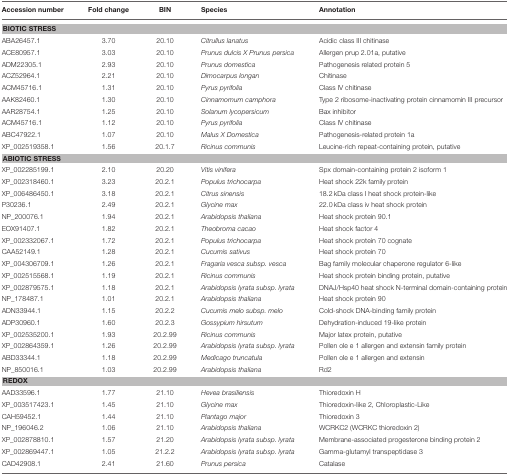
<table><thead><tr><td><b>Accession number</b></td><td><b>Fold change</b></td><td><b>BIN</b></td><td><b>Species</b></td><td><b>Annotation</b></td></tr></thead><tbody><tr><td colspan="5"><b>BIOTIC STRESS</b></td></tr><tr><td>ABA26457.1</td><td>3.70</td><td>20.10</td><td><i>Citrullus lanatus</i></td><td>Acidic class III chitinase</td></tr><tr><td>ACE80957.1</td><td>3.03</td><td>20.10</td><td><i>Prunus dulcis X Prunus persica</i></td><td>Allergen prup 2.01a, putative</td></tr><tr><td>ADM22305.1</td><td>2.93</td><td>20.10</td><td><i>Prunus domestica</i></td><td>Pathogenesis related protein 5</td></tr><tr><td>ACZ52964.1</td><td>2.21</td><td>20.10</td><td><i>Dimocarpus longan</i></td><td>Chitinase</td></tr><tr><td>ACM45716.1</td><td>1.31</td><td>20.10</td><td><i>Pyrus pyrifolia</i></td><td>Class IV chitinase</td></tr><tr><td>AAK82460.1</td><td>1.30</td><td>20.10</td><td><i>Cinnamomum camphora</i></td><td>Type 2 ribosome-inactivating protein cinnamomin III precursor</td></tr><tr><td>AAR28754.1</td><td>1.25</td><td>20.10</td><td><i>Solanum lycopersicum</i></td><td>Bax inhibitor</td></tr><tr><td>ACM45716.1</td><td>1.12</td><td>20.10</td><td><i>Pyrus pyrifolia</i></td><td>Class IV chitinase</td></tr><tr><td>ABC47922.1</td><td>1.07</td><td>20.10</td><td><i>Malus X Domestica</i></td><td>Pathogenesis-related protein 1a</td></tr><tr><td>XP_002519358.1</td><td>1.56</td><td>20.1.7</td><td><i>Ricinus communis</i></td><td>Leucine-rich repeat-containing protein, putative</td></tr><tr><td colspan="5"><b>ABIOTIC STRESS</b></td></tr><tr><td>XP_002285199.1</td><td>2.10</td><td>20.20</td><td><i>Vitis vinifera</i></td><td>Spx domain-containing protein 2 isoform 1</td></tr><tr><td>XP_002318460.1</td><td>3.23</td><td>20.2.1</td><td><i>Populus trichocarpa</i></td><td>Heat shock 22k family protein</td></tr><tr><td>XP_006486450.1</td><td>3.18</td><td>20.2.1</td><td><i>Citrus sinensis</i></td><td>18.2 kDa class I heat shock protein-like</td></tr><tr><td>P30236.1</td><td>2.49</td><td>20.2.1</td><td><i>Glycine max</i></td><td>22.0 kDa class iv heat shock protein</td></tr><tr><td>NP_200076.1</td><td>1.94</td><td>20.2.1</td><td><i>Arabidopsis thaliana</i></td><td>Heat shock protein 90.1</td></tr><tr><td>EOX91407.1</td><td>1.82</td><td>20.2.1</td><td><i>Theobroma cacao</i></td><td>Heat shock factor 4</td></tr><tr><td>XP_002332067.1</td><td>1.72</td><td>20.2.1</td><td><i>Populus trichocarpa</i></td><td>Heat shock protein 70 cognate</td></tr><tr><td>CAA52149.1</td><td>1.28</td><td>20.2.1</td><td><i>Cucumis sativus</i></td><td>Heat shock protein 70</td></tr><tr><td>XP_004306709.1</td><td>1.26</td><td>20.2.1</td><td><i>Fragaria vesca subsp. vesca</i></td><td>Bag family molecular chaperone regulator 6-like</td></tr><tr><td>XP_002515568.1</td><td>1.19</td><td>20.2.1</td><td><i>Ricinus communis</i></td><td>Heat shock protein binding protein, putative</td></tr><tr><td>XP_002879575.1</td><td>1.18</td><td>20.2.1</td><td><i>Arabidopsis lyrata subsp. lyrata</i></td><td>DNAJ/Hsp40 heat shock N-terminal domain-containing protein</td></tr><tr><td>NP_178487.1</td><td>1.01</td><td>20.2.1</td><td><i>Arabidopsis thaliana</i></td><td>Heat shock protein 90</td></tr><tr><td>ADN33944.1</td><td>1.15</td><td>20.2.2</td><td><i>Cucumis melo subsp. melo</i></td><td>Cold-shock DNA-binding family protein</td></tr><tr><td>ADP30960.1</td><td>1.60</td><td>20.2.3</td><td><i>Gossypium hirsutum</i></td><td>Dehydration-induced 19-like protein</td></tr><tr><td>XP_002535200.1</td><td>1.93</td><td>20.2.99</td><td><i>Ricinus communis</i></td><td>Major latex protein, putative</td></tr><tr><td>XP_002864359.1</td><td>1.26</td><td>20.2.99</td><td><i>Arabidopsis lyrata subsp. lyrata</i></td><td>Pollen ole e 1 allergen and extensin family protein</td></tr><tr><td>ABD33344.1</td><td>1.18</td><td>20.2.99</td><td><i>Medicago truncatula</i></td><td>Pollen ole e 1 allergen and extensin</td></tr><tr><td>NP_850016.1</td><td>1.03</td><td>20.2.99</td><td><i>Arabidopsis thaliana</i></td><td>Rd2</td></tr><tr><td colspan="5"><b>REDOX</b></td></tr><tr><td>AAD33596.1</td><td>1.77</td><td>21.10</td><td><i>Hevea brasiliensis</i></td><td>Thioredoxin H</td></tr><tr><td>XP_003517423.1</td><td>1.45</td><td>21.10</td><td><i>Glycine max</i></td><td>Thioredoxin-like 2, Chloroplastic-Like</td></tr><tr><td>CAH59452.1</td><td>1.44</td><td>21.10</td><td><i>Plantago major</i></td><td>Thioredoxin 3</td></tr><tr><td>NP_196046.2</td><td>1.06</td><td>21.10</td><td><i>Arabidopsis thaliana</i></td><td>WCRKC2 (WCRKC thioredoxin 2)</td></tr><tr><td>XP_002878810.1</td><td>1.57</td><td>21.20</td><td><i>Arabidopsis lyrata subsp. lyrata</i></td><td>Membrane-associated progesterone binding protein 2</td></tr><tr><td>XP_002869447.1</td><td>1.05</td><td>21.2.2</td><td><i>Arabidopsis lyrata subsp. lyrata</i></td><td>Gamma-glutamyl transpeptidase 3</td></tr><tr><td>CAD42908.1</td><td>2.41</td><td>21.60</td><td><i>Prunus persica</i></td><td>Catalase</td></tr></tbody></table>